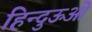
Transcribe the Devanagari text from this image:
हिन्दुऊओ